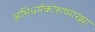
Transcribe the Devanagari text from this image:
अभिधर्मकोशव्याख्या